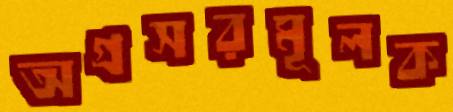
অগ্রসরমূলক